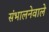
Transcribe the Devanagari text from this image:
संभालनेवाले